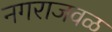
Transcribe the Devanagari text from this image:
नगराजवळ